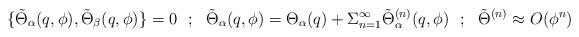
LaTeX: \begin{align*}\{\tilde\Theta _\alpha (q,\phi ) ,\tilde\Theta _\beta (q,\phi )\}=0~~;~~\tilde\Theta _\alpha (q,\phi )=\Theta _\alpha (q)+\Sigma _{n=1}^\infty \tilde\Theta ^{(n)} _\alpha (q,\phi )~~;~~\tilde\Theta ^{(n)}\approx O(\phi ^n)\end{align*}